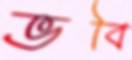
ভবি